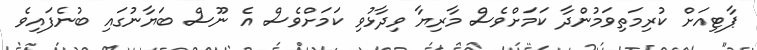
ޕާޓިއަށް ކުރިމަތިވަމުންދާ ކަމަށްވެސް މާރިޔާ ވިދާޅުވި ކަމަށްވެސް އެ ނޫސް ބަޔާނުގައި ބުނެފައިވެ